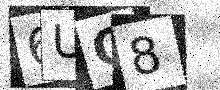
Text: 6UO8